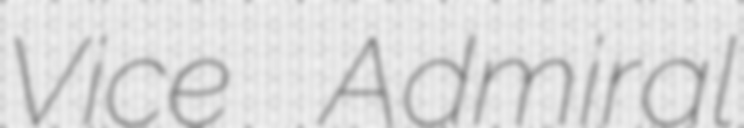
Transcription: Vice Admiral